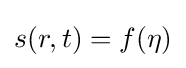
s(r,t)=f(\eta )